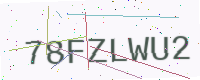
Text: 78FZLWU2